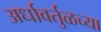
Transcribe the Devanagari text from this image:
अर्धावर्तुळच्या